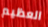
العظيم